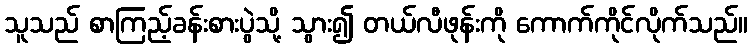
သူသည် စာကြည့်ခန်းစားပွဲသို့ သွား၍ တယ်လီဖုန်းကို ကောက်ကိုင်လိုက်သည်။